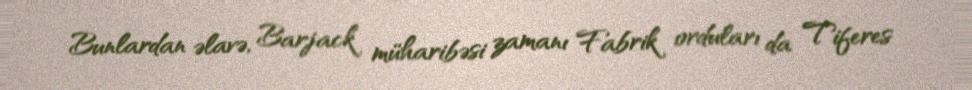
Bunlardan əlavə, Barjack müharibəsi zamanı Fabrik orduları da Tiferes